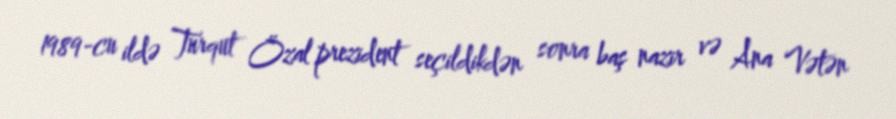
1989-cu ildə Turqut Özal prezident seçildikdən sonra baş nazir və Ana Vətən